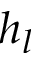
h _ { l }